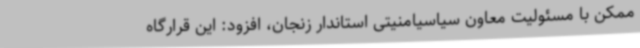
ممکن با مسئولیت معاون سیاسیامنیتی استاندار زنجان، افزود: این قرارگاه